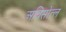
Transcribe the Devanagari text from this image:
अविसोत्ल